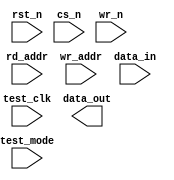
////////////////////////////////////////////////////////////////////////////////
//
//       This confidential and proprietary software may be used only
//     as authorized by a licensing agreement from Synopsys Inc.
//     In the event of publication, the following notice is applicable:
//
//                    (C) COPYRIGHT 1999 - 2016 SYNOPSYS INC.
//                           ALL RIGHTS RESERVED
//
//       The entire notice above must be reproduced on all authorized
//     copies.
//
//
// VERSION:   Simulation Architecture
//
// DesignWare_version: cbbb9e4e
// DesignWare_release: K-2015.06-DWBB_201506.5.2
//
////////////////////////////////////////////////////////////////////////////////
//----------------------------------------------------------------------
// ABSTRACT:  Asynchronous dual port RAM (Flip-Flop Based)
//            Depth parameter: depth             [ 2 to 256 ]
//            Data width parameter: data_width   [ 1 to 256 ]
//            Reset (active low): rst_n
//            Chip select (active low): cs_n
//            Write enable (active low): wr_n
//	      Test enable (active high): test_mode
//            Test clock: test_clk
//            Read Address: rd_addr[addr_width-1:0]
//            Write Address: wr_addr[addr_width-1:0]
//            Input data: data_in[data_width-1:0]
//            Output data : data_out[data_width-1:0]
//
//	MODIFIED:
//		100599	Jay Zhu		Rewrote for STAR91151/STAR93158
//              10/18/00  RPH       Rewrote accoding to new guidelines 
//                                  STAR 111067   
//              2/18/09   RJK       Corrected default value for rst_mode
//				    STAR 9000294457
//              9/10/14   RJK       Eliminated common async and sync reset coding
//				    style to support VCS NLP
//----------------------------------------------------------------------

module DW_ram_r_w_a_dff (rst_n, cs_n, wr_n, test_mode, test_clk, rd_addr, 
			 wr_addr, data_in, data_out);
   parameter data_width = 4;
   parameter depth = 8;
   parameter rst_mode = 1;

`define DW_addr_width ((depth>16)?((depth>64)?((depth>128)?8:7):((depth>32)?6:5)):((depth>4)?((depth>8)?4:3):((depth>2)?2:1)))

   input     rst_n;
   input     cs_n;
   input     wr_n;
   input     test_mode;
   input     test_clk;
   input [`DW_addr_width-1:0] rd_addr;
   input [`DW_addr_width-1:0] wr_addr;
   input [data_width-1:0]  data_in;

   output [data_width-1:0] data_out;

// synopsys translate_off
   wire [data_width-1:0]   data_in;
   wire [data_width-1:0]   data_in_int;
   reg [data_width-1:0]    next_mem [depth-1:0];
   reg [data_width-1:0]    mem [depth-1:0];
   
   integer 		   i;
   wire 		   clk_int;   
   
   function	any_unknown;
      input[`DW_addr_width-1:0] addr;
      integer	bit_idx;
      begin
	 any_unknown = 1'b0;

	 for (bit_idx = `DW_addr_width-1;
	      bit_idx >= 0 && any_unknown === 1'b0;
	      bit_idx=bit_idx-1)
	 begin
	    if (addr[bit_idx] !== 1'b0 && addr[bit_idx] !== 1'b1)
	      begin
		 any_unknown = 1'b1;
	      end
	 end

      end
   endfunction



  
 
  initial begin : parameter_check
    integer param_err_flg;

    param_err_flg = 0;
    
	    
  
    if ( (data_width < 1) || (data_width > 256) ) begin
      param_err_flg = 1;
      $display(
	"ERROR: %m :\n  Invalid value (%d) for parameter data_width (legal range: 1 to 256)",
	data_width );
    end
  
    if ( (depth < 2) || (depth > 256 ) ) begin
      param_err_flg = 1;
      $display(
	"ERROR: %m :\n  Invalid value (%d) for parameter depth (legal range: 2 to 256 )",
	depth );
    end
  
    if ( (rst_mode < 0) || (rst_mode > 1 ) ) begin
      param_err_flg = 1;
      $display(
	"ERROR: %m :\n  Invalid value (%d) for parameter rst_mode (legal range: 0 to 1 )",
	rst_mode );
    end


  
    if ( param_err_flg == 1) begin
      $display(
        "%m :\n  Simulation aborted due to invalid parameter value(s)");
      $finish;
    end

  end // parameter_check 

    
  assign clk_int = (test_mode === 1'b0) ?  
		   (cs_n |wr_n) : (test_mode & test_clk);
  assign data_out = rd_addr < depth ? 
		     (any_unknown(rd_addr) ? 
		      {data_width{1'bx}} : mem[rd_addr]) : {data_width{1'b0}};
   
   assign data_in_int = (any_unknown(data_in)) ? {data_width{1'bx}} : data_in;
   
   
   always @(cs_n or test_mode or wr_addr or data_in_int)
     begin : mk_mem
	if (test_mode === 1'b0) begin
	   if (cs_n === 1'b0) begin
	      if (any_unknown(wr_addr) == 1'b1) begin
		 for (i = 0; i < depth; i = i + 1) begin
		    next_mem[i] = {data_width{1'bx}};
		 end 
	      end
	      else begin
		for (i = 0; i < depth; i = i + 1) begin
		   if ( i == wr_addr)
		     next_mem[wr_addr] = data_in_int;
		   else
		     next_mem[i] = mem[i];
		end	
	      end // else: !if(any_unknown(wr_addr) == 1'b1)
	   end // if (cs_n === 1'b0)
	   else if (cs_n === 1'b1) begin
	      // do nothing
	   end
	   else begin
	      if (any_unknown(wr_addr) == 1'b1) begin
		 for (i = 0; i < depth; i = i + 1) begin
		    next_mem[i] = {data_width{1'bx}};
		 end 
	      end
	      else begin
		 for (i = 0; i < depth; i = i + 1) begin
		    if ( i == wr_addr)
		      next_mem[wr_addr] = {data_width{1'bx}};
		    else
		      next_mem[i] = mem[i];
		 end	
	      end // else: !if(any_unknown(wr_addr) == 1'b1)
	   end // if (test_mode === 1'b0)
	end // if (test_mode === 1'b0)
	else if (test_mode === 1'b1) begin
	   for (i = 0; i < depth; i = i + 1) begin
	      next_mem[i] = data_in_int;
	   end
	end
	else begin
	   for (i = 0; i < depth; i = i + 1) begin
	      next_mem[i] = {data_width{1'bx}};
	   end
	end // if (cs_n === 1'b0)
     end // block: mk_mem
   
generate
  if (rst_mode == 0) begin : GEN_RM_EQ_0
   always @ (posedge clk_int or negedge rst_n)
     begin : registers
	if (rst_n === 1'b0 ) begin
	   for (i = 0; i < depth; i = i + 1) begin
	      mem[i] <= {data_width{1'b0}};
           end
	end // if (rst_n === 1'b0 )
	else if (rst_n === 1'b1) begin
	   for (i = 0; i < depth; i = i + 1) begin
              mem[i] <= next_mem[i];
           end 
	end 
	else begin
	   for (i = 0; i < depth; i = i + 1) begin
              mem[i] <= {data_width{1'bX}};
           end 
	end
     end // block: write
  end else begin : GEN_RM_NE_0
   always @ (posedge clk_int)
     begin : nr_registers_PROC
       for (i = 0; i < depth; i = i + 1) begin
	  mem[i] <= next_mem[i];
       end 
     end // nr_registers_PROC
  end
endgenerate
   
    
  always @ (clk_int) begin : clk_monitor 
    if ( (clk_int !== 1'b0) && (clk_int !== 1'b1) && ($time > 0) )
      $display( "WARNING: %m :\n  at time = %t, detected unknown value, %b, on clk_int input.",
                $time, clk_int );
    end // clk_monitor 

// synopsys translate_on
`undef DW_addr_width
endmodule // DW_ram_r_w_s_dff